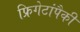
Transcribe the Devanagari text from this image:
फ्रिगेटांपैकी